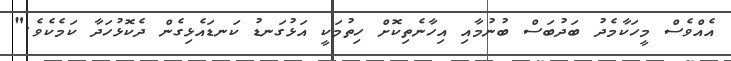
އެއްވެސް މީހަކާމެދު ބަދުބަސް ބުނުމާއި އިހާނެތިކޮށް ހިތުމަކީ އަޅުގަނޑު ކަނޑައެޅިގެން ދެކޮޅުހަދާ ކަމެކެވެ."